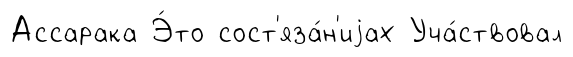
Ассарака Э́то сост'яза́н'иjах Уча́ствовал